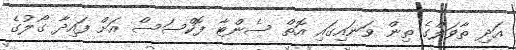
އަދި ތާވަލްގެ ތިން ވަނައިގައި އޮތް ސެންޓާ ފޮކްސަސް އަށް ފައިދާ ގޯލުގެ